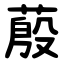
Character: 蒑